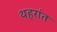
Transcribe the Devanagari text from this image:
थहरांत